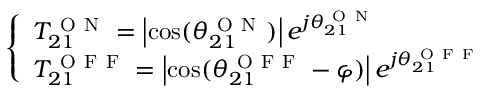
\left\{ \begin{array} { l } { T _ { 2 1 } ^ { \mathrm { ~ O ~ N ~ } } = \left| \cos ( \theta _ { 2 1 } ^ { \mathrm { ~ O ~ N ~ } } ) \right| e ^ { j \theta _ { 2 1 } ^ { \mathrm { ~ O ~ N ~ } } } } \\ { T _ { 2 1 } ^ { \mathrm { ~ O ~ F ~ F ~ } } = \left| \cos ( \theta _ { 2 1 } ^ { \mathrm { ~ O ~ F ~ F ~ } } - \varphi ) \right| e ^ { j \theta _ { 2 1 } ^ { \mathrm { ~ O ~ F ~ F ~ } } } } \end{array} \right.